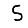
Digit: 5